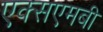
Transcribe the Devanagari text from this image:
एक्सएमबी